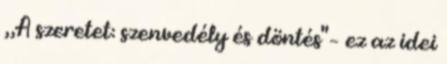
„A szeretet: szenvedély és döntés" – ez az idei